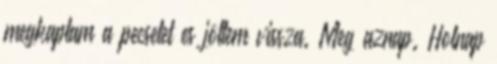
megkaptam a pecsetet es jöttem vissza. Meg aznap. Holnap